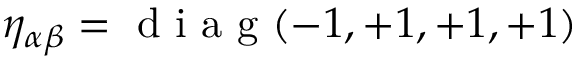
\eta _ { \alpha \beta } = \mathrm { ~ d ~ i ~ a ~ g ~ } ( - 1 , + 1 , + 1 , + 1 )